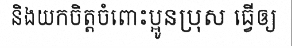
និងយកចិត្តចំពោះប្អូនប្រុស ធ្វើឲ្យ